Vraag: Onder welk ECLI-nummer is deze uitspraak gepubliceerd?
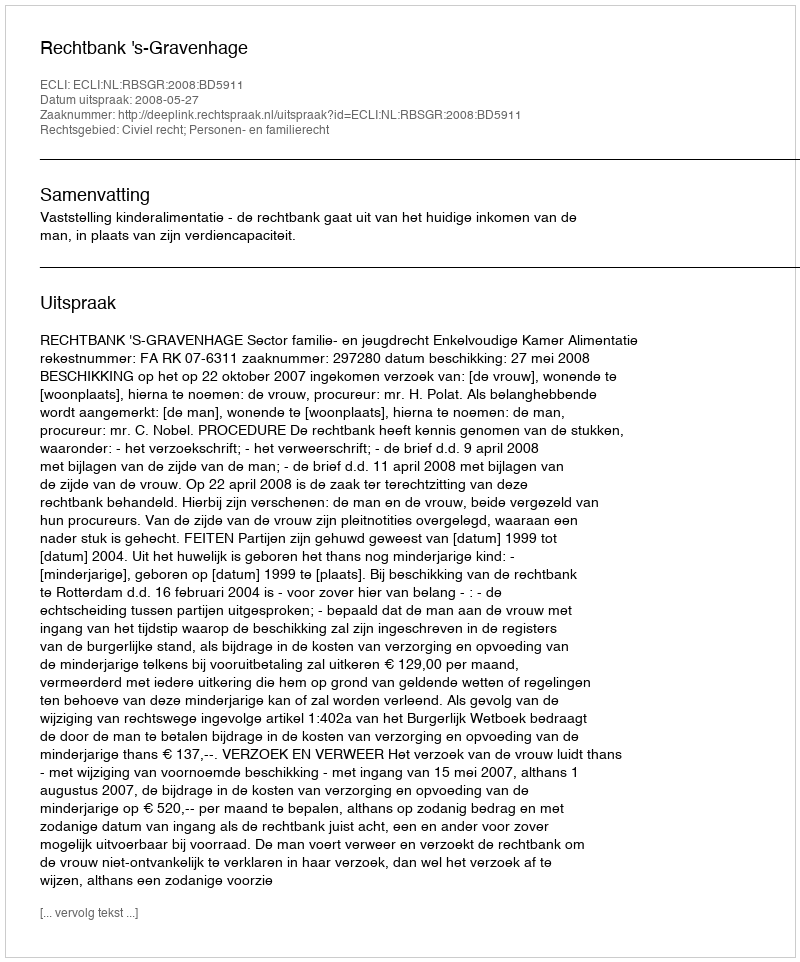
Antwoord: ECLI:NL:RBSGR:2008:BD5911